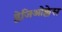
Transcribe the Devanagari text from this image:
प्लेजिओक्लेस